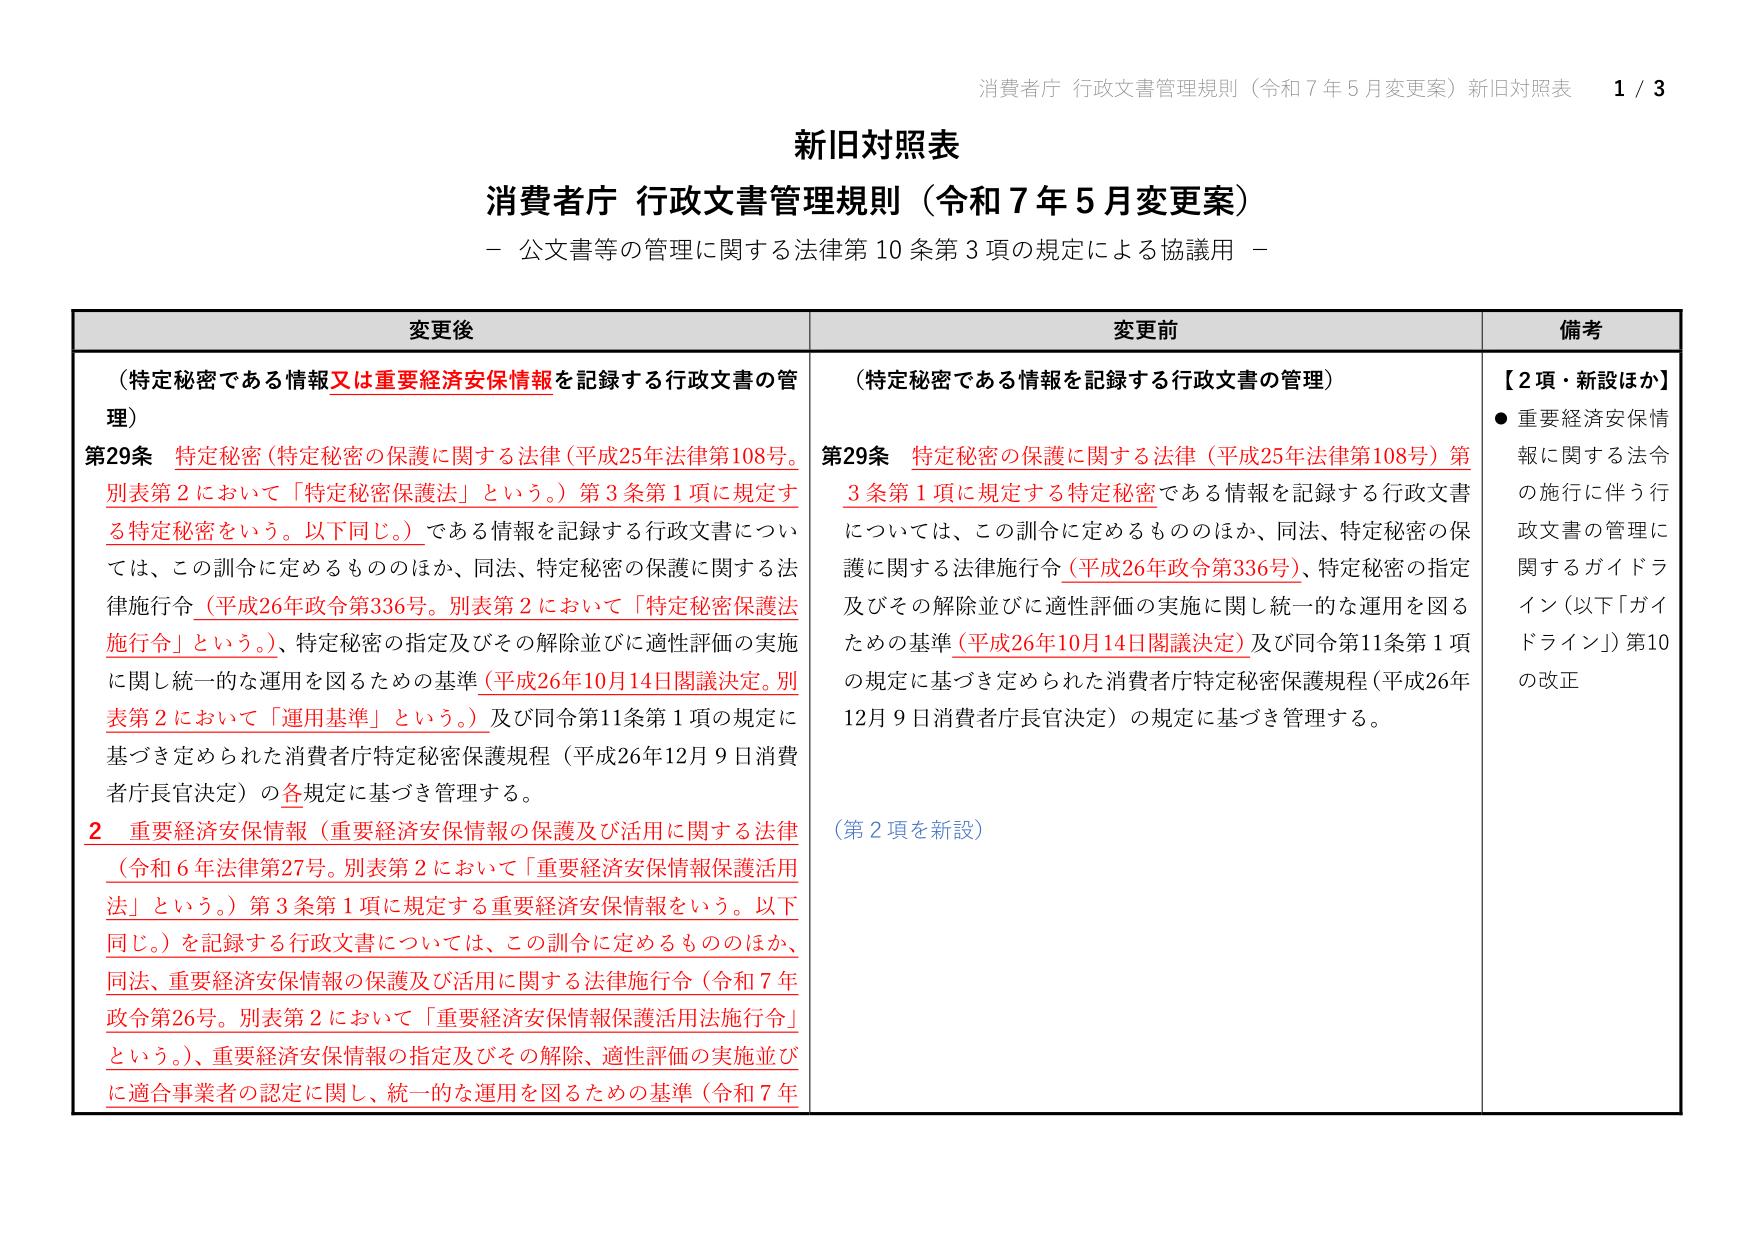
消費者庁 行政文書管理規則（令和７年５月変更案）新旧対照表 1 / 3

新旧対照表
消費者庁 行政文書管理規則（令和７年５月変更案）
－ 公文書等の管理に関する法律第10条第3項の規定による協議用 －

変更後
（特定秘密である情報又は重要経済安保情報を記録する行政文書の管理）
第29条 特定秘密（特定秘密の保護に関する法律（平成25年法律第108号。別表第2において「特定秘密保護法」という。）第3条第1項に規定する特定秘密をいう。以下同じ。）である情報を記録する行政文書については、この訓令に定めるもののほか、同法、特定秘密の保護に関する法律施行令（平成26年政令第336号。別表第2において「特定秘密保護法施行令」という。）、特定秘密の指定及びその解除並びに適性評価の実施に関し統一的な運用を図るための基準（平成26年10月14日閣議決定。別表第2において「運用基準」という。）及び同令第11条第1項の規定に基づき定められた消費者庁特定秘密保護規程（平成26年12月9日消費者庁長官決定）の各規定に基づき管理する。
2 重要経済安保情報（重要経済安保情報の保護及び活用に関する法律（令和6年法律第27号。別表第2において「重要経済安保情報保護活用法」という。）第3条第1項に規定する重要経済安保情報をいう。以下同じ。）を記録する行政文書については、この訓令に定めるもののほか、同法、重要経済安保情報の保護及び活用に関する法律施行令（令和7年政令第26号。別表第2において「重要経済安保情報保護活用法施行令」という。）、重要経済安保情報の指定及びその解除、適性評価の実施並びに適合事業者の認定に関し、統一的な運用を図るための基準（令和7年

変更前
（特定秘密である情報を記録する行政文書の管理）
第29条 特定秘密の保護に関する法律（平成25年法律第108号）第3条第1項に規定する特定秘密である情報を記録する行政文書については、この訓令に定めるもののほか、同法、特定秘密の保護に関する法律施行令（平成26年政令第336号）、特定秘密の指定及びその解除並びに適性評価の実施に関し統一的な運用を図るための基準（平成26年10月14日閣議決定）及び同令第11条第1項の規定に基づき定められた消費者庁特定秘密保護規程（平成26年12月9日消費者庁長官決定）の規定に基づき管理する。
（第2項を新設）

備考
【2項・新設ほか】
● 重要経済安保情報に関する法令の施行に伴う行政文書の管理に関するガイドライン（以下「ガイドライン」）第10の改正